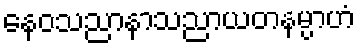
နေဝသညာနာသညာယတနမ္ပာဟံ